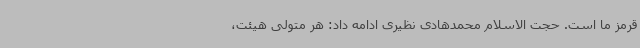
قرمز ما است. حجت الاسلام محمدهادی نظیری ادامه داد: هر متولی هیئت،